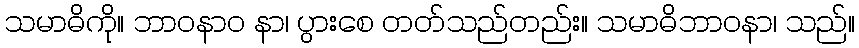
သမာဓိကို။ ဘာဝနာဝ နာ၊ ပွားစေ တတ်သည်တည်း။ သမာဓိဘာဝနာ၊ သည်။